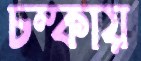
চম্‌কায়